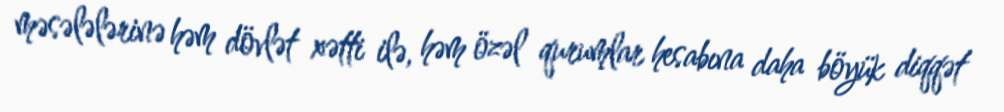
məsələlərinə həm dövlət xətti ilə, həm özəl qurumlar hesabına daha böyük diqqət